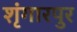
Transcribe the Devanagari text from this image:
शृंगारपुर